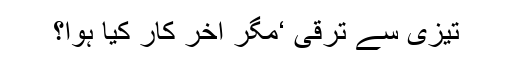
تیزی سے ترقی ‘مگر آخر کار کیا ہوا؟